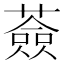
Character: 薟